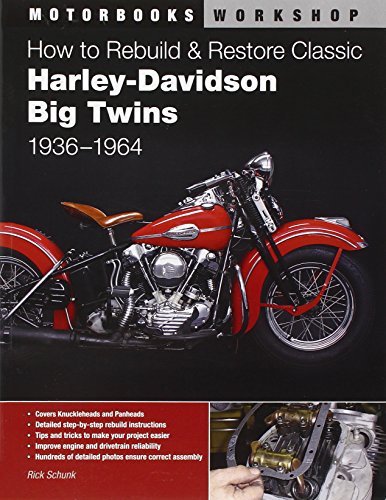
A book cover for How to Rebuild and Restore Classic Harley-Davidson Big Twins 1936-1964 (Motorbooks Workshop); Rick Schunk; Crafts, Hobbies & Home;